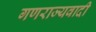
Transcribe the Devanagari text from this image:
गणराज्यवादी